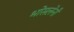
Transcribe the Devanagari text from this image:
भोसलेनी